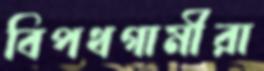
বিপথগামীরা